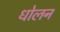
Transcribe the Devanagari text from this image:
धोलन